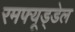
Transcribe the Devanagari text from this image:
रमफ्यूड्डेल